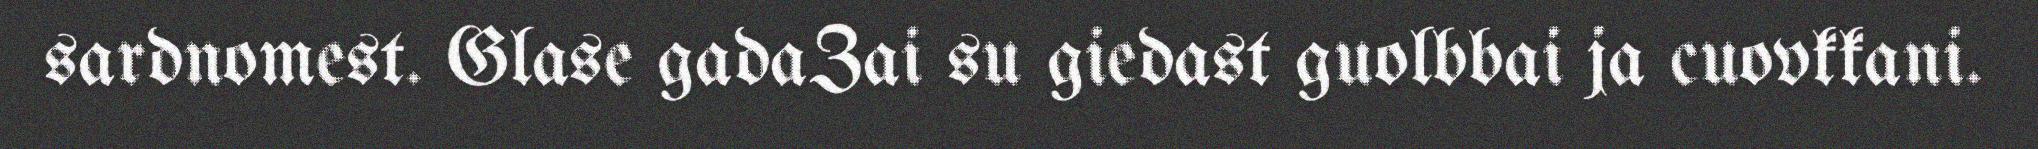
sardnomest. Glase gadaZai su giedast guolbbai ja cuovkkani.